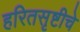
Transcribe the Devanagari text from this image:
हरितसृष्टीचे